Vaccine operations Central Provinces 1868-1885 - 1868-1885
Year: 1868
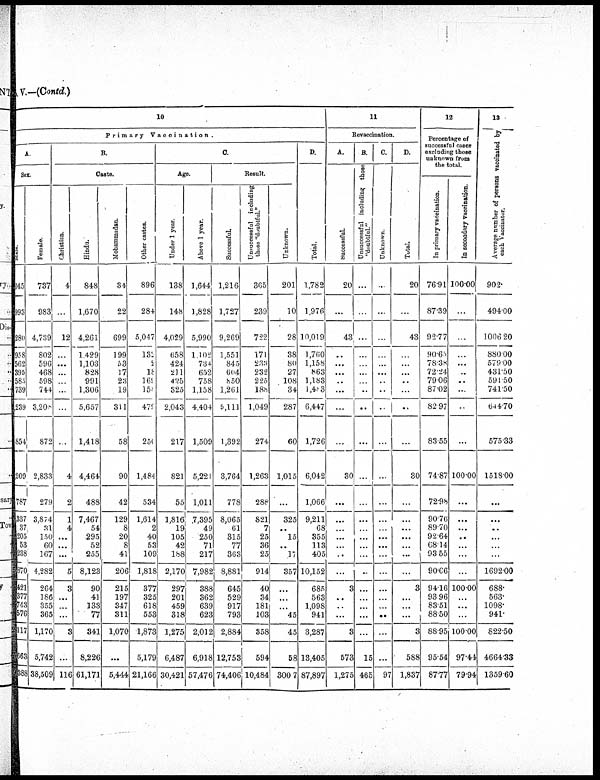
V.—(Contd.)
10
Primary
Vaccination.
A.
Sex.
Male.
045
993
280
958
562
395
585
739
239
854
209
787
337
37
205
53
238
870
421
377 743
576
117
663
388
Female.
737
983
4,739
802
596
468
598
744
3,208
872
2,833
279
3,874
31
150
60
167
4,282
264
186
355
365
1,170
5,742
38,509
B.
Caste.
Christian.
4
...
12
...
...
...
...
...
...
...
4
2
1
4
...
...
...
5
3
...
...
...
3
...
116
Hindu.
848
1,670
4,261
1,429
1,103
828
991
1,306
5,657
1,418
4,464
488
7,467
54
295
52
255
8,123
90
41
133
77
341
8,226
61,171
Mohammadan.
34
22
699
199
53
17
23
19
311
58
90
42
129
8
20
8
41
206
215
197
347
311
1,070
...
5,444
Other castes.
896
284
5,047
132
2
18
169
159
479
250
1,484
534
1,614
2
40
53
109
1,818
377
325
618
553
1,873
5,179
21,166
C.
Age.
Under 1 year.
138
148
4,029
658
424
211
425
325
2,043
217
821
55
1,816
19
105
42
188
2,170
297
201
459
318
1,275
6,487
30,421
Above 1 year.
1,644
1,828
5,990
1,102
734
652
758
1,158
4,404
1,509
5,221
1,011
7,395
49
250
71
217
7,982
388
362
639
623
2,012
6,918
57,476
Result.
Successful
1,216
1,727
9,269
1,551
845
604
850
1,261
5,111
1,392
3,764
778
8,065
61
315
77
363
8,881
645
529
917
793
2,884
12,753
74,406
Unsuccessful including
those "doubtful."
305
239
722
171
233
232
225
188
1,049
274
1,263
288
821
7
25
36
25
914
40
34
181
103
358
594
10,484
Unknown.
201
10
28
38
80
27
108
34
287
60
1,015
...
325
...
15
...
17
357
...
...
...
45
45
58
3007
D.
Total.
1,782
1,976
10,019
1,700
1,158
863
1,183
1,483
6,447
1,726
6,042
1,066
9,211
68
355
113
405
10,152
685
563
1,098
941
3,287
13,405
87,897
11
Revaccination.
A.
Successful.
20
...
43
...
...
...
...
...
...
...
30
...
...
...
...
...
...
...
3
...
...
...
3
573
1,275
B.
Unsuccessful including those
"doubtful."
...
...
...
...
...
...
...
...
...
...
...
...
...
...
...
...
...
...
...
...
...
...
...
15
465
C.
Unknown.
...
...
...
...
...
...
...
...
...
...
...
...
...
...
...
...
...
...
...
...
...
...
...
...
97
D.
Total.
20
...
43
...
...
...
...
...
...
...
30
...
...
...
...
...
...
...
3
...
...
...
3
588
1,837
12
Percentage of
successful casee
excluding those
unknown from
the total.
In primary vaccination.
76.91
87.39
92.77
90.63
78.38
72.24
79.06
87.02
82.97
83.55
74.87
72.98
90.76
89.70
92.64
08.14
93.55
90.66
94.16
93.96
83.51
88.50
88.95
95.54
87.77
In secondary vaccination.
100.00
...
...
...
...
...
...
...
...
...
100.00
...
...
...
...
...
...
...
100.00
...
...
...
100.00
97.44
79.94
13
Average number of persons vaccinated by
each Vaccinator.
902.
494.00
1006.20
880.00
579.00
431.50
591.50
741.50
644.70
575.33
1518.00
...
...
...
...
...
...
1692.00
688.
563.
1098.
941.
822.50
4664.33
1359.60